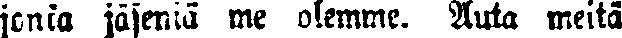
jonka jäseniä me olemme. Auta meitä